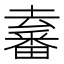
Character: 𤳛